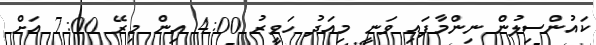
ކައުންސިލުން ނިންމާފައި ވަނީ މިއަދު ހަވީރު 4:00 އިން މިރޭ 7:00 އަށް